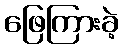
ဖြေကြားခဲ့